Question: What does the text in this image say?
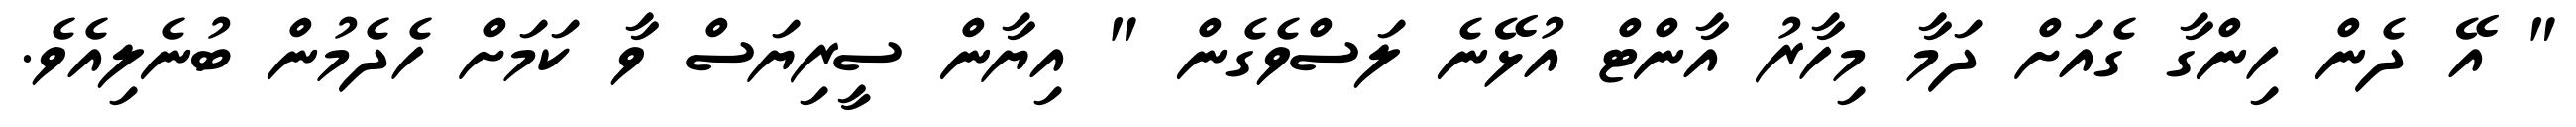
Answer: " އޭ ދެން ހިންގާ ގެއަށް ދަމާ މިހާރު އާންޓް އުޅޭނެ ލަސްވެގެން " އިޔާން ސީރިޔަސް ވާ ކަމަށް ހެދެމުން ބުނެލިއެވެ.